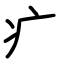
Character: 疒